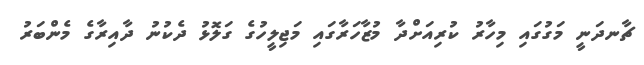
ޗާނދަނީ މަގުގައި މިހާރު ކުރިއަށްދާ މުޒާހަރާގައި މަޖިލީހުގެ ގަލޮޅު ދެކުނު ދާއިރާގެ މެންބަރު